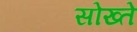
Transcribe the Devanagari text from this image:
सोख्ते